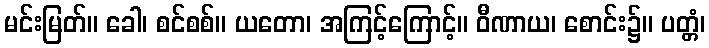
မင်းမြတ်။ ခေါ၊ စင်စစ်။ ယတော၊ အကြင့်ကြောင့်။ ဝီဏာယ၊ စောင်း၌။ ပတ္တံ၊